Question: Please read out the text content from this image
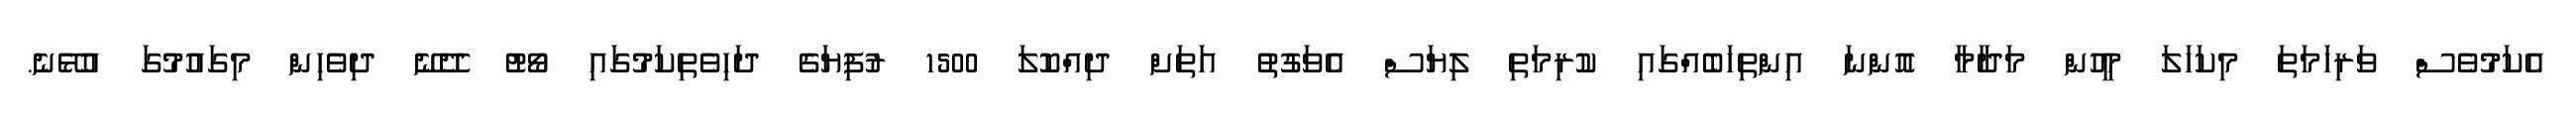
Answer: އެކަމުވެސް ވަރިހަމަތަ މިކަހަލަ މީހުން މަދާމާ އޮންނަ އިންތިހަބެއްގައި ކުރިމަތި ލިޔަސް އެވަގުތު އަތަށް ދިއްކޮލަ 1500 ރުފިޔަގެ ދަހިވެތިކަމުގައި ވޯޓު ދޭނޭ ދިވެހިން މިގައުމުގަ އުޅޭނެ.